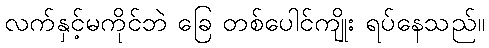
လက်နှင့်မကိုင်ဘဲ ခြေ တစ်ပေါင်ကျိုး ရပ်နေသည်။